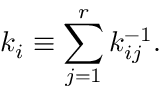
k _ { i } \equiv \sum _ { j = 1 } ^ { r } k _ { i j } ^ { - 1 } .